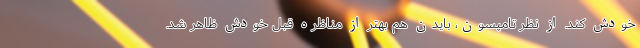
خودش کند. از نظر تامپسون، بایدن هم بهتر از مناظره قبل خودش ظاهر شد.